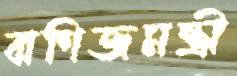
বাণিজমন্ত্রী